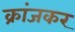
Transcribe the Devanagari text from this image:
क्रांजकर